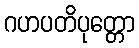
ဂဟပတိပုတ္တော